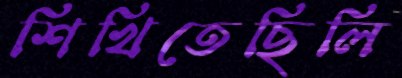
শিখিতেছিলি